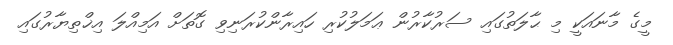
މީގެ މާނައަކީ މި ޙާލަތުގައި ސަރުކާރުން ޢަމަލުކުރި ހައިރާންކުރަނިވި ގޮތަށް އަމިއްލަ އިޚްތިޔާރުގައި